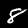
Label: 8